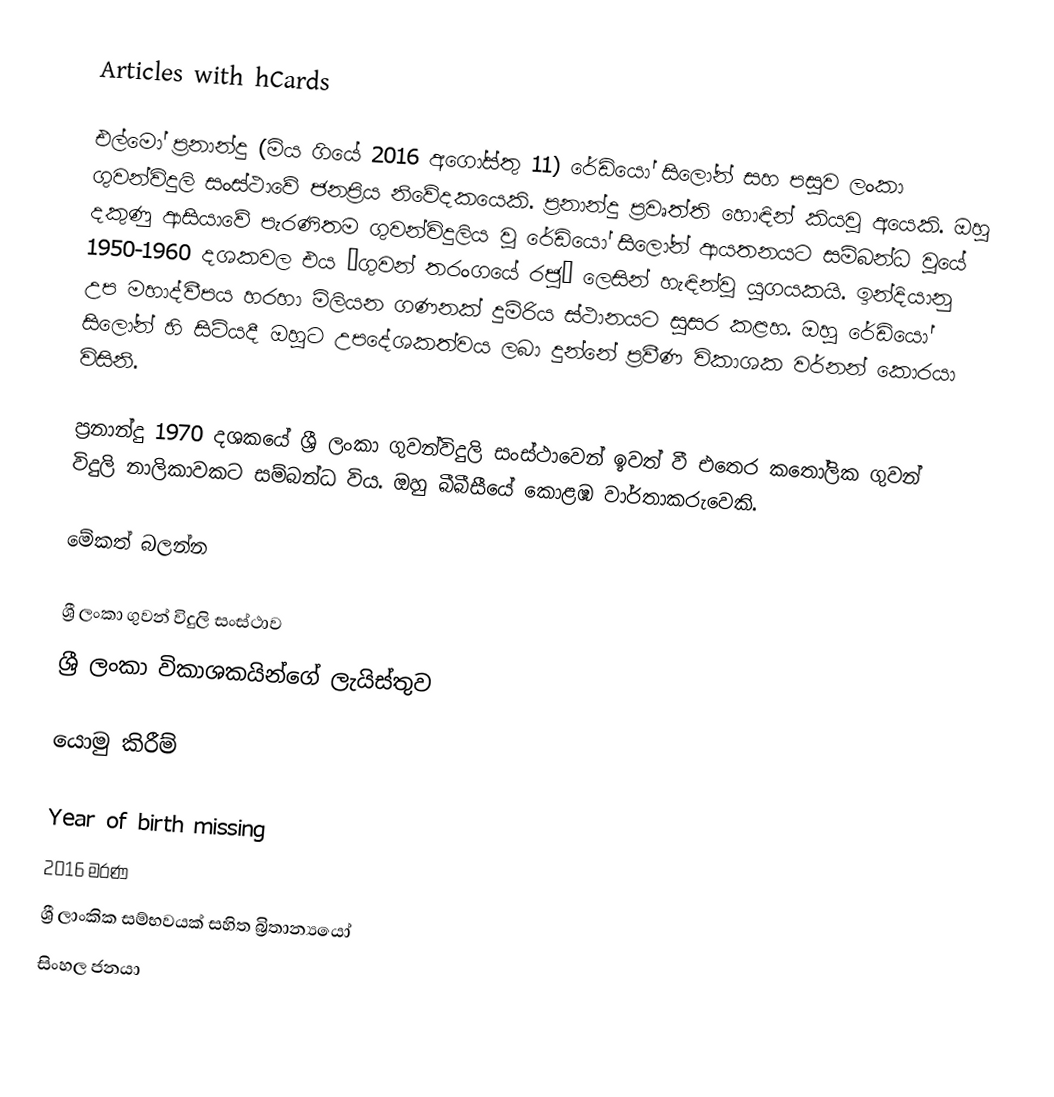
Articles with hCards

එල්මෝ ප්‍රනාන්දු (මිය ගියේ 2016 අගෝස්තු 11) රේඩියෝ සිලෝන් සහ පසුව ලංකා ගුවන්විදුලි සංස්ථාවේ ජනප්‍රිය නිවේදකයෙකි. ප්‍රනාන්දු ප්‍රවෘත්ති හොඳින් කියවූ අයෙකි. ඔහු දකුණු ආසියාවේ පැරණිතම ගුවන්විදුලිය වූ රේඩියෝ සිලෝන් ආයතනයට සම්බන්ධ වූයේ 1950-1960 දශකවල එය ‘ගුවන් තරංගයේ රජු’ ලෙසින් හැඳින්වූ යුගයකයි. ඉන්දියානු උප මහාද්වීපය හරහා මිලියන ගණනක් දුම්රිය ස්ථානයට සුසර කළහ. ඔහු රේඩියෝ සිලෝන් හි සිටියදී ඔහුට උපදේශකත්වය ලබා දුන්නේ ප්‍රවීණ විකාශක වර්නන් කොරයා විසිනි.

ප්‍රනාන්දු 1970 දශකයේ ශ්‍රී ලංකා ගුවන්විදුලි සංස්ථාවෙන් ඉවත් වී එතෙර කතෝලික ගුවන් විදුලි නාලිකාවකට සම්බන්ධ විය. ඔහු බීබීසීයේ කොළඹ වාර්තාකරුවෙකි.

මේකත් බලන්න

 ශ්‍රී ලංකා ගුවන් විදුලි සංස්ථාව
 ශ්‍රී ලංකා විකාශකයින්ගේ ලැයිස්තුව

යොමු කිරීම්

Year of birth missing
2016 මරණ
ශ්‍රී ලාංකික සම්භවයක් සහිත බ්‍රිතාන්‍යයෝ
සිංහල ජනයා